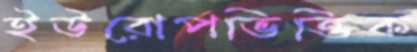
ইউরোপভিত্তিক